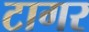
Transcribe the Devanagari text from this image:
टागर